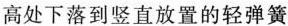
高处下落到竖直放置的轻弹簧